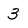
Character: 3